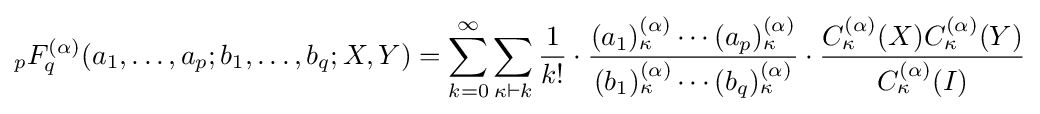
_{p}F_{q}^{(\alpha )}(a_{1},\ldots ,a_{p};b_{1},\ldots ,b_{q};X,Y)=\sum _{k=0}^{\infty }\sum _{\kappa \vdash k}{\frac {1}{k!}}\cdot {\frac {(a_{1})_{\kappa }^{(\alpha )}\cdots (a_{p})_{\kappa }^{(\alpha )}}{(b_{1})_{\kappa }^{(\alpha )}\cdots (b_{q})_{\kappa }^{(\alpha )}}}\cdot {\frac {C_{\kappa }^{(\alpha )}(X)C_{\kappa }^{(\alpha )}(Y)}{C_{\kappa }^{(\alpha )}(I)}}